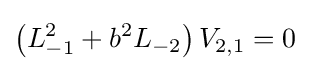
\left(L_{-1}^{2}+b^{2}L_{-2}\right)V_{2,1}=0